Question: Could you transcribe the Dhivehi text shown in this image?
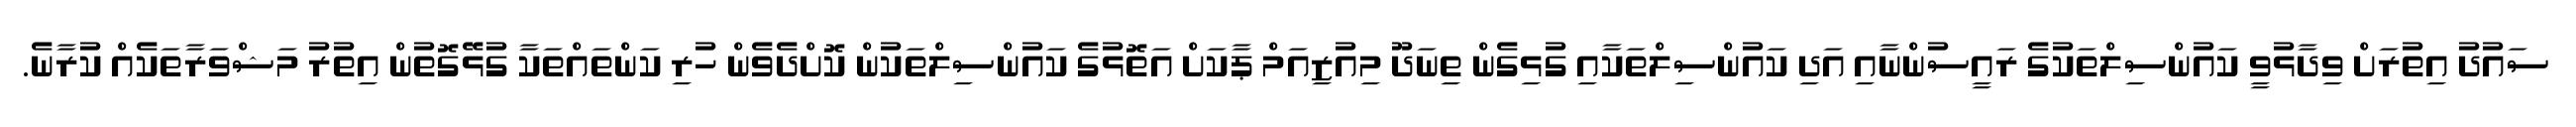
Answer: ސައުދު އިތުރަށް ވިދާޅުވީ ކައުންސިލްތަކުގެ ރައީސުންނާއި އަދި ކައުންސިލްތަކާއި ގުޅިގެން ތިނަދޫ މިއުޒިއަމް ޕާކަށް އަތޮޅުގެ ކައުންސިލްތަކުން ކޮށްދެވެން ހުރި ކަންތައްތަކާ ގުޅޭގޮތުން އިތުރު މަޝްވަރާތަކެއް ކުރާނެ.